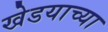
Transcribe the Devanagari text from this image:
खेडयाच्या